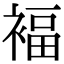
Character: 褔